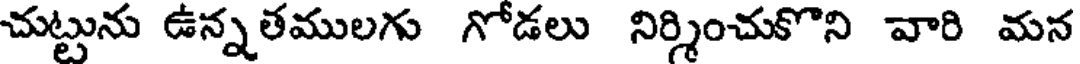
చుట్టును ఉన్నతములగు గోడలు నిర్శించుకొని వారి మన